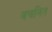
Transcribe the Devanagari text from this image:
वचनित